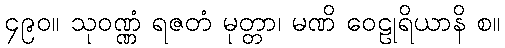
၄၉၀။ သုဝဏ္ဏံ ရဇတံ မုတ္တာ၊ မဏိ ဝေဠုရိယာနိ စ။